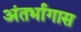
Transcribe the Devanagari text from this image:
अंतर्भागास